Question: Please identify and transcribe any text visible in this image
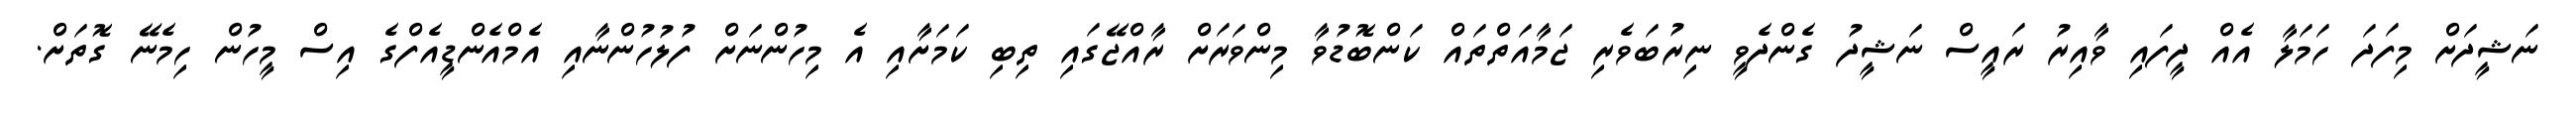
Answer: ނަޝީދަށް މިފަދަ ހަމަލާ އެއް ދީފައި ވާއިރު ރައީސް ނަޝީދު ގެންދެވީ ނިރުބަވެރި ޖަމާއަތްތައް ކަންބޮޑުވާ މިންވަރަށް ރާއްޖޭގައި ތިބި ކަމަށާއި އެ މިހުންނަށް ފުލުހުންނާއި އެމްއެންޑީއެފްގެ އިސް މީހުން ހިމެނޭ ގޮތަށް.